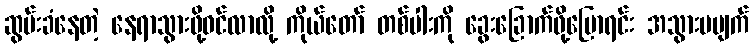
ဆွမ်းခံနေတဲ့ နေရာသွားဖို့ဝင်လာလို့ ကိုယ်တော် တစ်ပါးကို ခွေးခြောက်ဖို့ပြောရင်း အသွားမပျက်